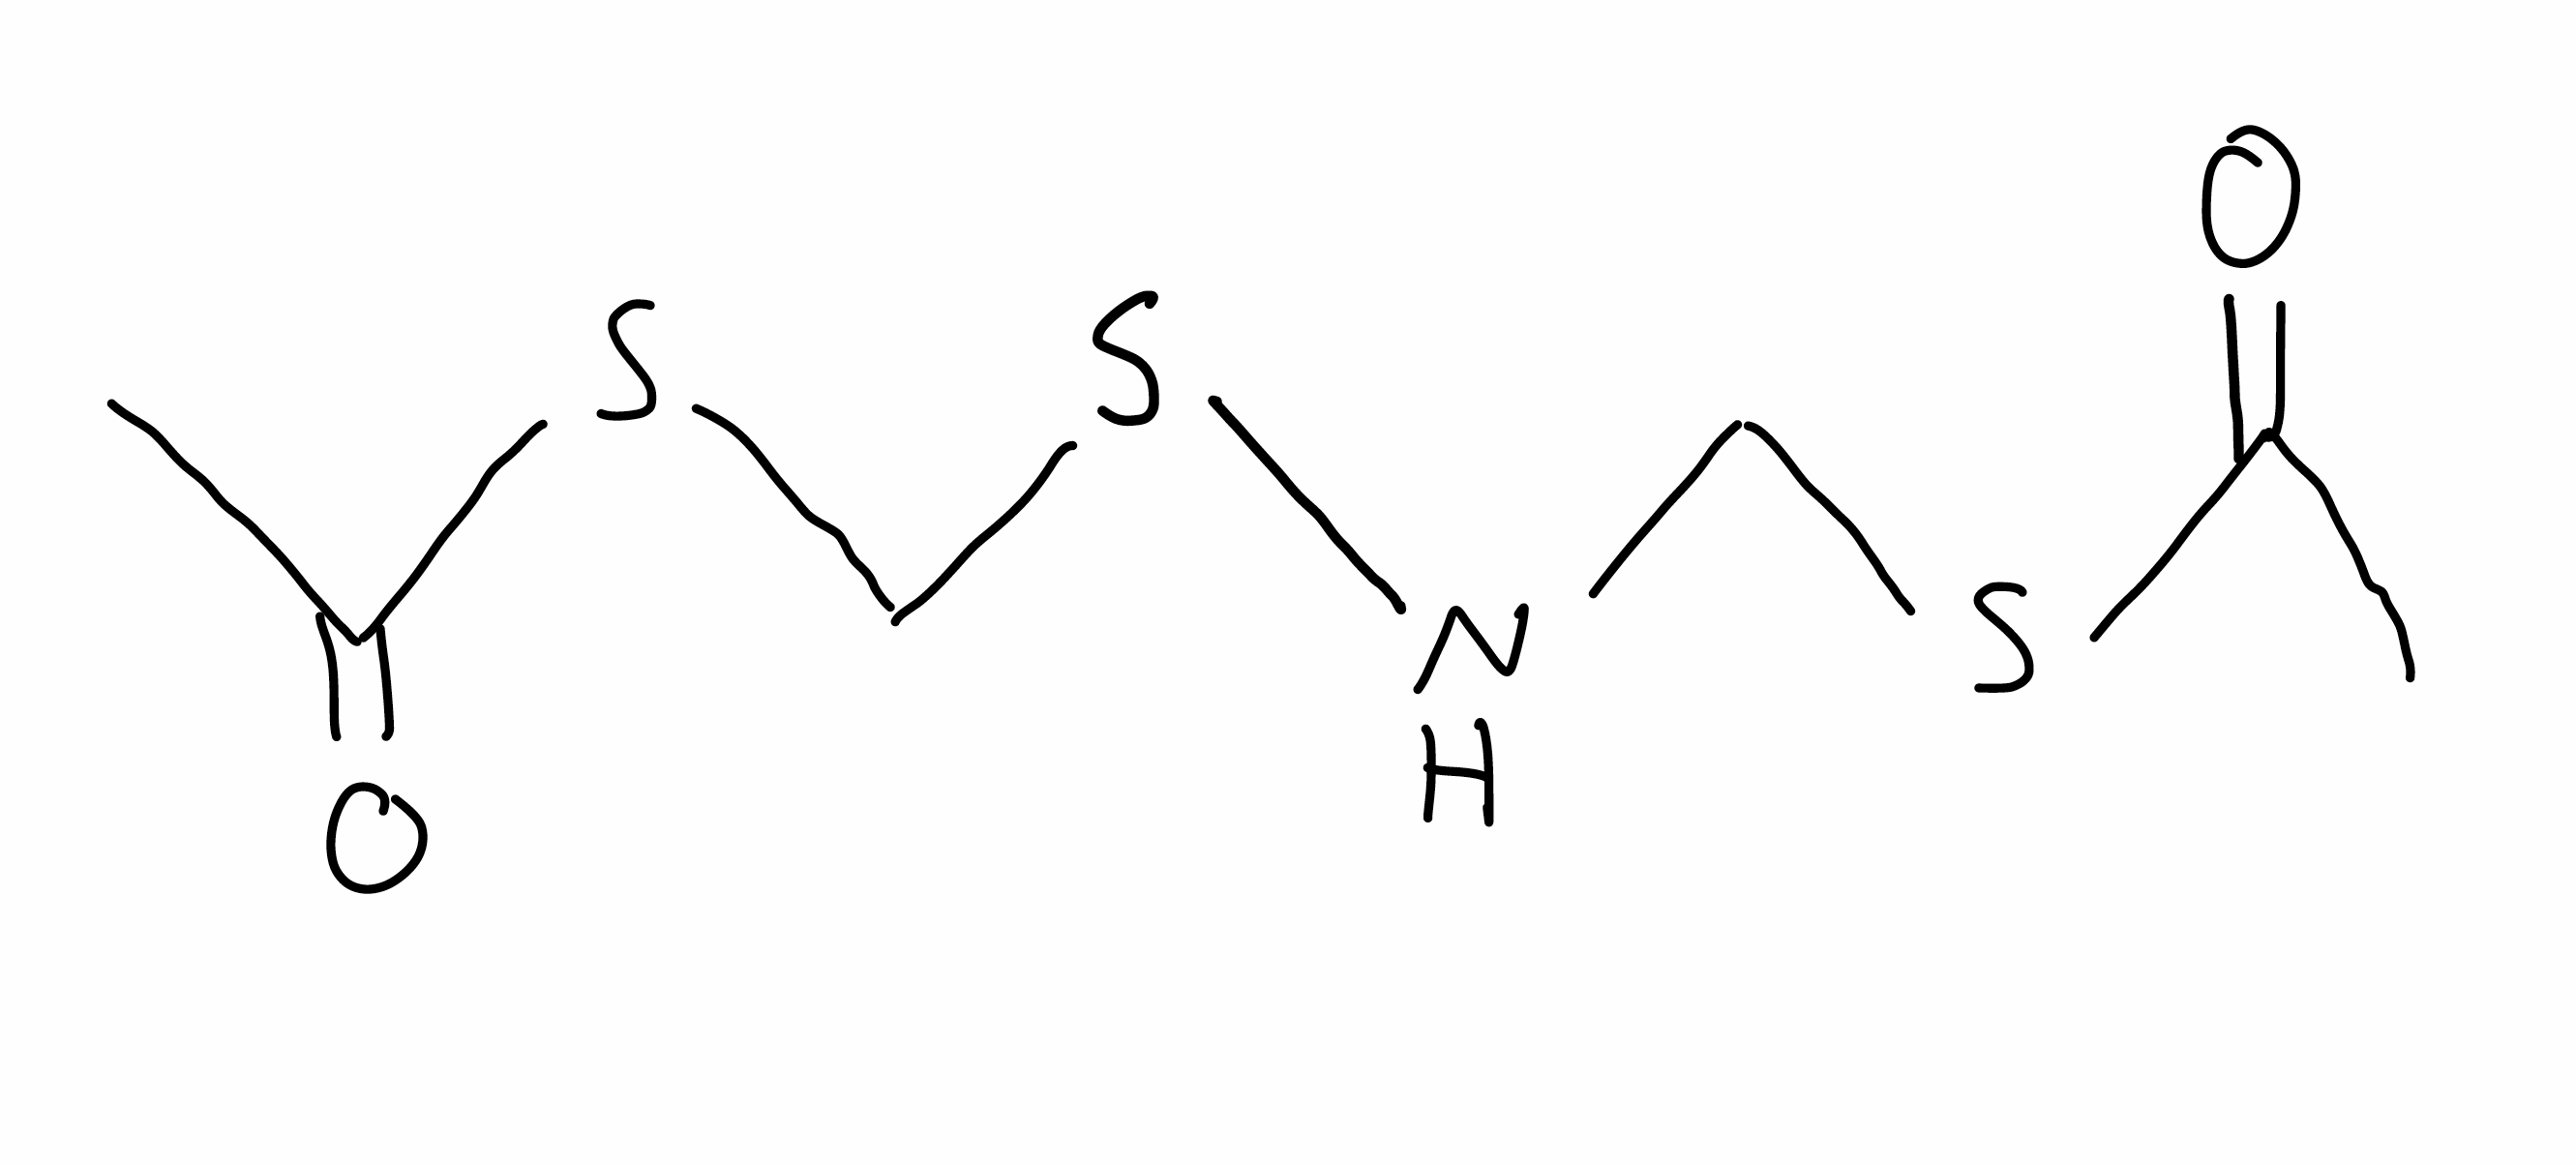
Simplified molecular-input line-entry system (SMILES) notation of the given molecule:
CC(=O)SCNSCSC(=O)C